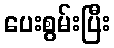
ပေးစွမ်းပြီး